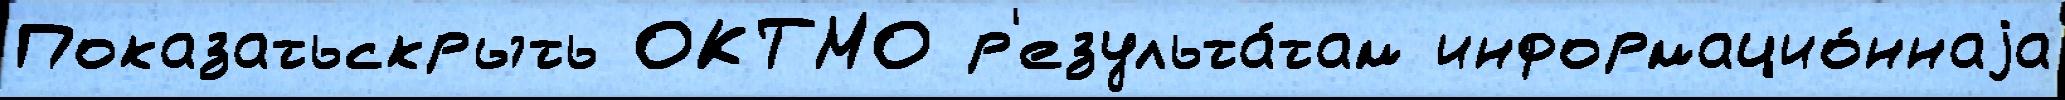
Показатьскрыть ОКТМО р'езульта́там информацио́ннаjа